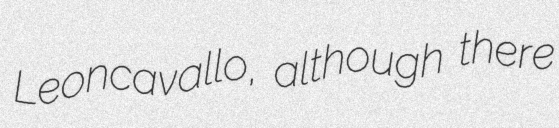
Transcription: Leoncavallo, although there